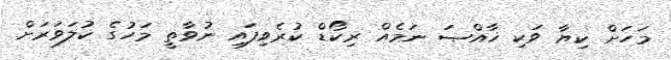
މަހަށް ކިޔާ ވަކި ޚާއްޞަ ނަމެއް ރިކޯޑް ކުރެވިފައި ނުވާތީ މަހުގެ ކުލަވަރަށް